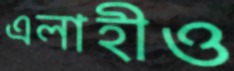
এলাহীও